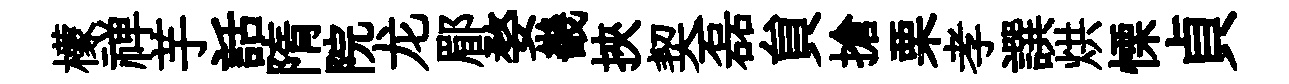
檬禅芋話隋院龙郿婺畿挾契磊貟搶栗孝譔烘慄貞